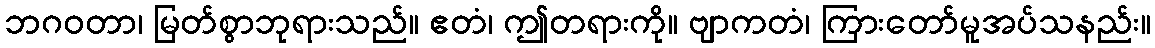
ဘဂဝတာ၊ မြတ်စွာဘုရားသည်။ ဧတံ၊ ဤတရားကို။ ဗျာကတံ၊ ကြားတော်မူအပ်သနည်း။